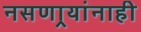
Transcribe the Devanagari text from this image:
नसणार्‍यांनाही